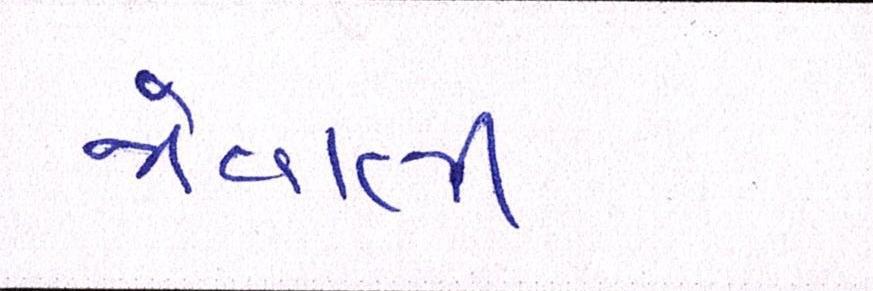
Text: જોવાતી